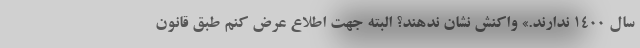
سال ۱۴۰۰ ندارند.» واکنش نشان ندهند؟ البته جهت اطلاع عرض کنم طبق قانون